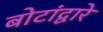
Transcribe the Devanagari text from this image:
बोटांद्वारे